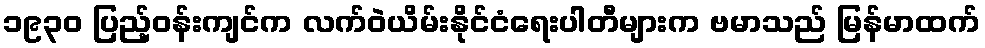
၁၉၃၀ ပြည့်ဝန်းကျင်က လက်ဝဲယိမ်းနိုင်ငံရေးပါတီများက ဗမာသည် မြန်မာထက်